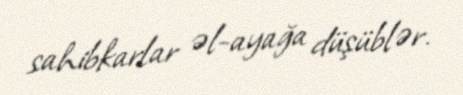
sahibkarlar əl-ayağa düşüblər.